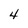
Character: 4